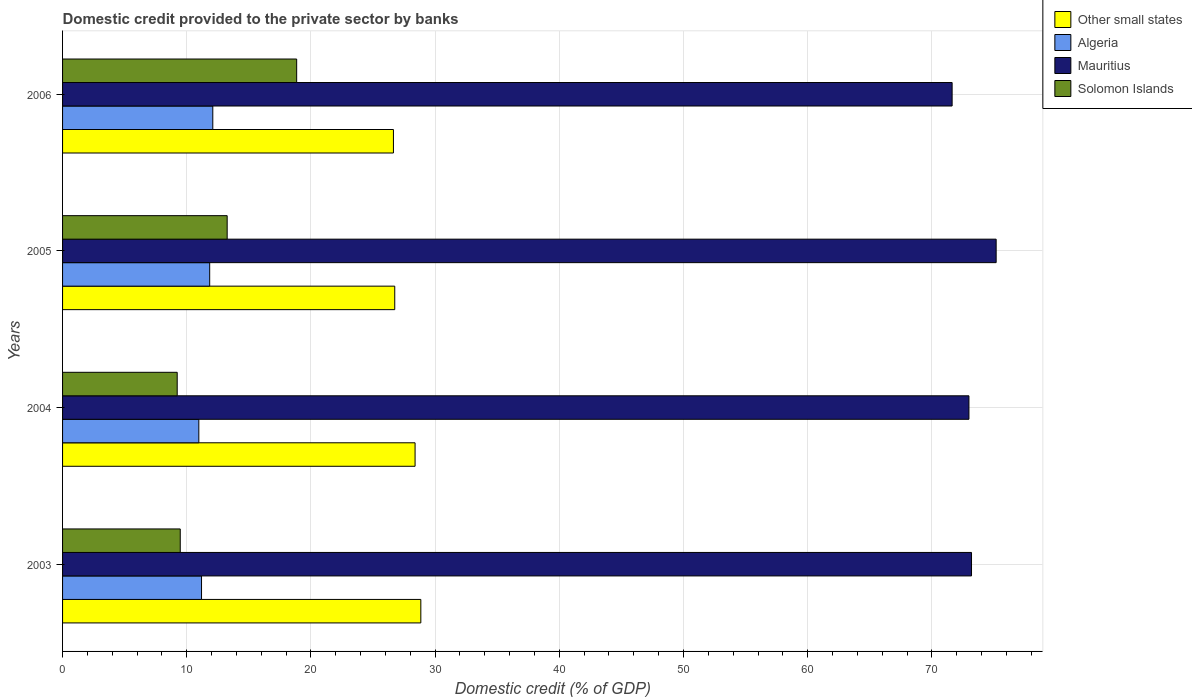
| Years | Other small states | Algeria | Mauritius | Solomon Islands |
 | --- | --- | --- | --- | --- |
 | 2003 | 28.8 | 11.2 | 73.2 | 9.48 |
 | 2004 | 28.4 | 11 | 73 | 9.23 |
 | 2005 | 26.7 | 11.8 | 75.2 | 13.3 |
 | 2006 | 26.6 | 12.1 | 71.6 | 18.9 |